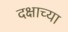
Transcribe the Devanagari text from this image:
दक्षाच्या